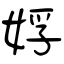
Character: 娐